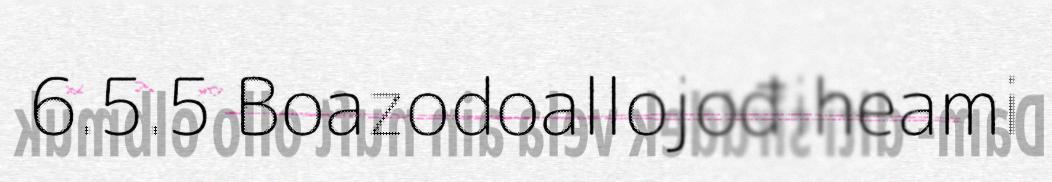
6.5.5 Boazodoallojođiheami